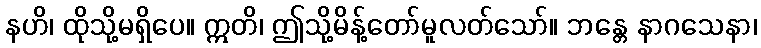
နဟိ၊ ထိုသို့မရှိပေ။ ဣတိ၊ ဤသို့မိန့်တော်မူလတ်သော်။ ဘန္တေ နာဂသေနာ၊